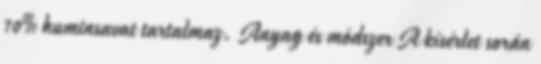
70% huminsavat tartalmaz. Anyag és módszer A kísérlet során